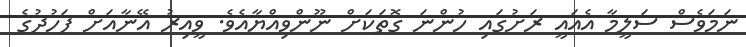
ނަމަވެސް ސަލީމާ އެއައީ ރަށުގައި ހުންނަ ގޮތަކަށް ނޫންވިއްޔާއެވެ. ވީއިރު އޭނާއަށް ފަހުދުގެ